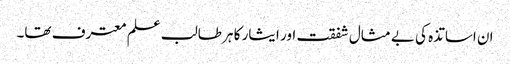
ان اساتذہ کی بے مثال شفقت اور ایثار کا ہر طالب علم معترف تھا۔